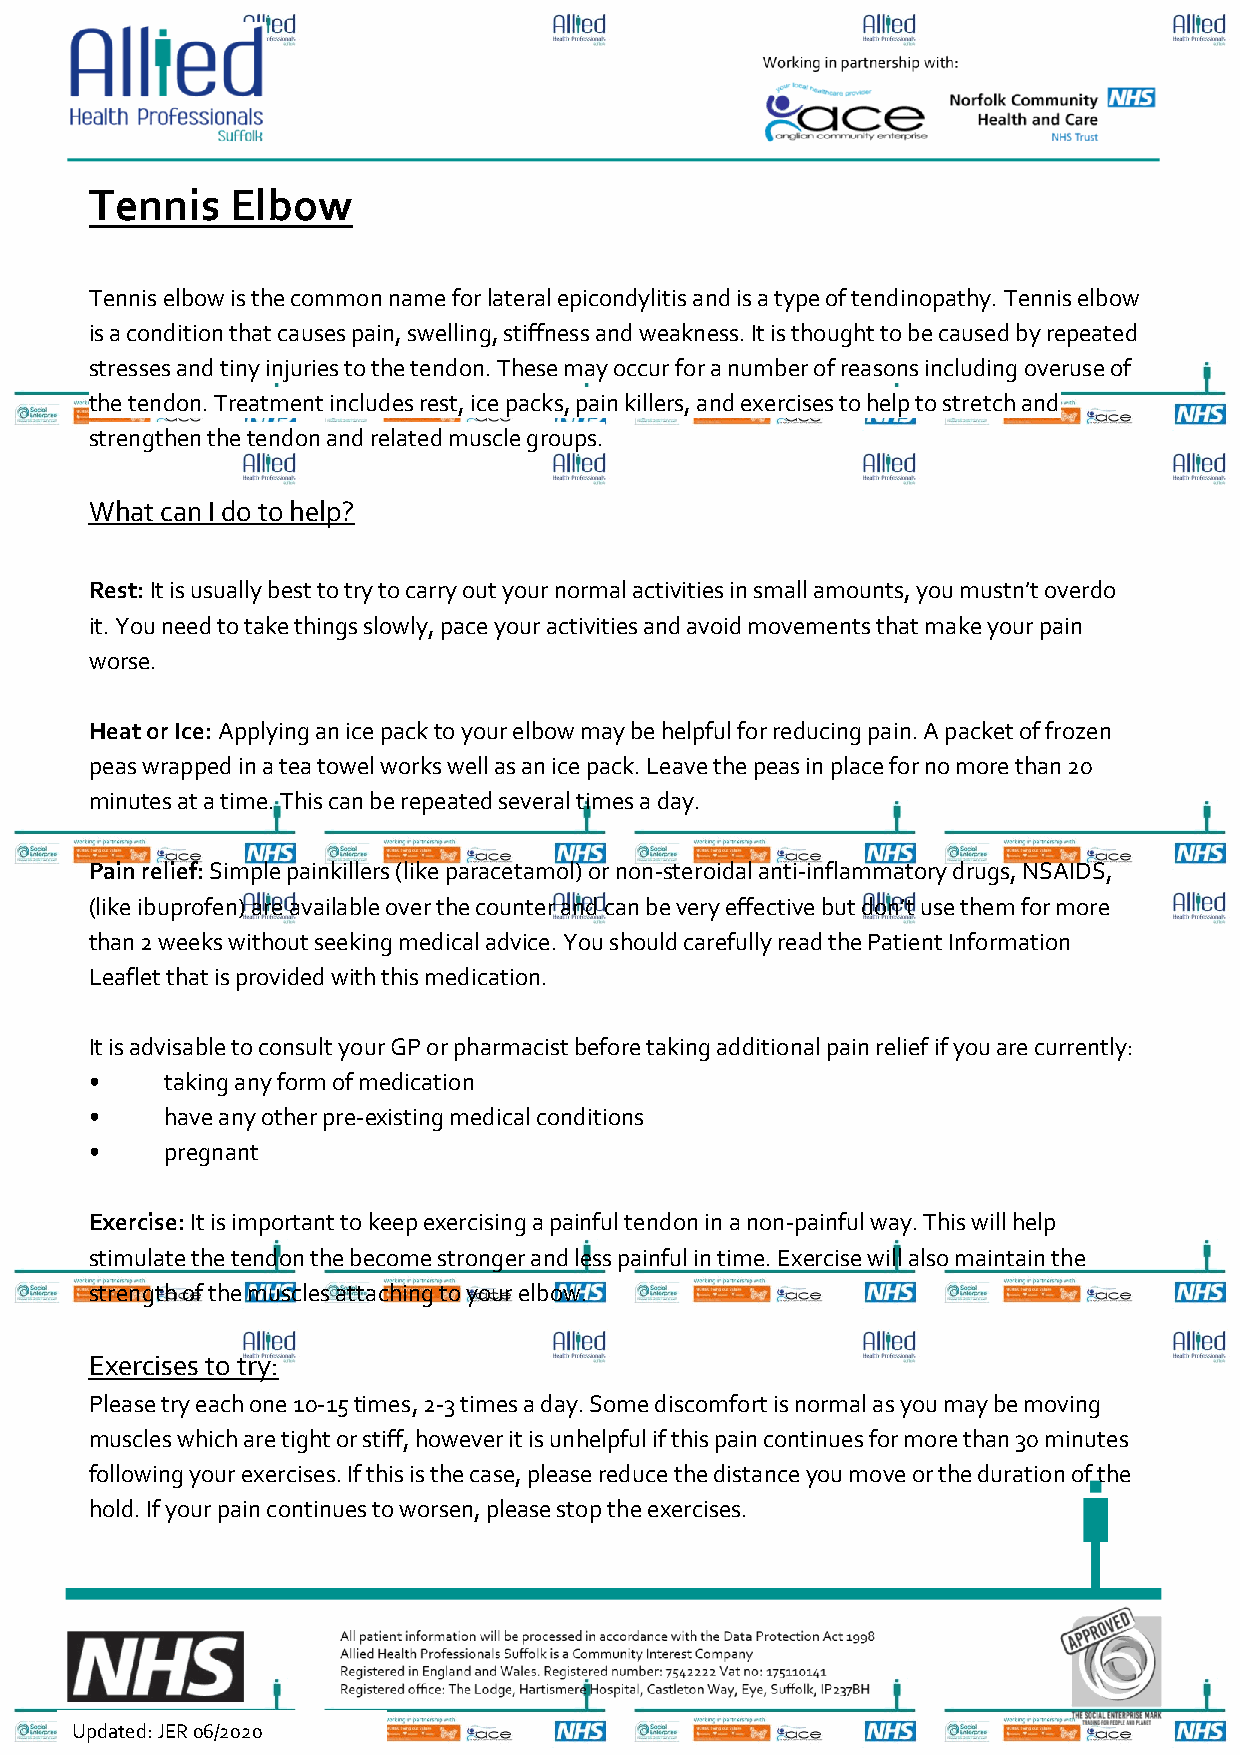
Tennis   Elbow
 Tennis elbow is the common name for lateral epicondylitis and is a type of tendinopathy. Tennis elbow
 is a condition that causes pain, swelling, stiffness and weakness. It is thought to be caused by repeated
 stresses and tiny injuries to the tendon. These may occur for a number of reasons including overuse of
 the tendon. Treatment includes rest, ice packs, pain killers, and exercises to help to stretch and
 strengthen the tendon and related muscle groups.
 What can I do to help?
 Rest: It is usually best to try to carry out your normal activities in small amounts, you mustn’t overdo
 it. You need to take things slowly, pace your activities and avoid movements that make your pain
 worse.
 Heat or Ice: Applying an ice pack to your elbow may be helpful for reducing pain. A packet of frozen
 peas wrapped in a tea towel works well as an ice pack. Leave the peas in place for no more than 20
 minutes at a time. This can be repeated several times a day.
 Pain relief: Simple painkillers (like paracetamol) or non-steroidal anti-inflammatory drugs, NSAIDS,
 (like ibuprofen) are available over the counter and can be very effective but don’t use them for more
 than 2 weeks without seeking medical advice. You should carefully read the Patient Information
 Leaflet that is provided with this medication.
 It is advisable to consult your GP or pharmacist before taking additional pain relief if you are currently:
 •    taking any form of medication
 •    have any other pre-existing medical conditions
 •    pregnant
 Exercise: It is important to keep exercising a painful tendon in a non-painful way. This will help
 stimulate the tendon the become stronger and less painful in time. Exercise will also maintain the
 strength of the muscles attaching to your elbow.
 Exercises to try:
 Please try each one 10-15 times, 2-3 times a day. Some discomfort is normal as you may be moving
 muscles which are tight or stiff, however it is unhelpful if this pain continues for more than 30 minutes
 following your exercises. If this is the case, please reduce the distance you move or the duration of the
 hold. If your pain continues to worsen, please stop the exercises.
 Updated: JER 06/2020